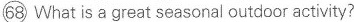
\bigcirc{68} What is a great seasonal outdoor activity?